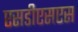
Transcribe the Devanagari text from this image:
एसडीएसएस